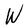
Character: W